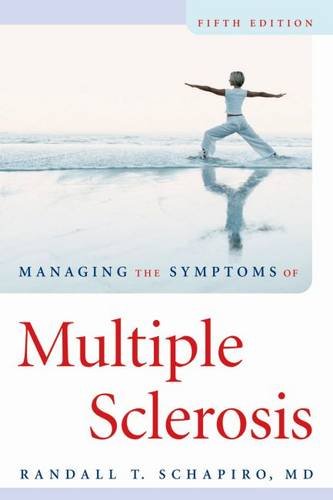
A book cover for Managing the Symptoms of Multiple Sclerosis; Randall T. Schapiro MD  FAAN; Health, Fitness & Dieting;